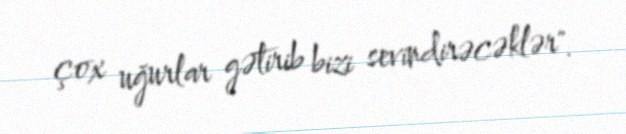
çox uğurlar gətirib bizi sevindirəcəklər".